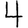
Digit: 4